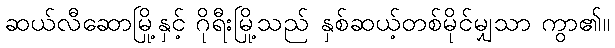
ဆယ်လီဆောမြို့နှင့် ဂိုရီးမြို့သည် နှစ်ဆယ့်တစ်မိုင်မျှသာ ကွာ၏။